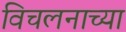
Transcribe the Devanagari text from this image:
विचलनाच्या